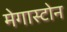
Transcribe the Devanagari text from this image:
मेगास्टोन